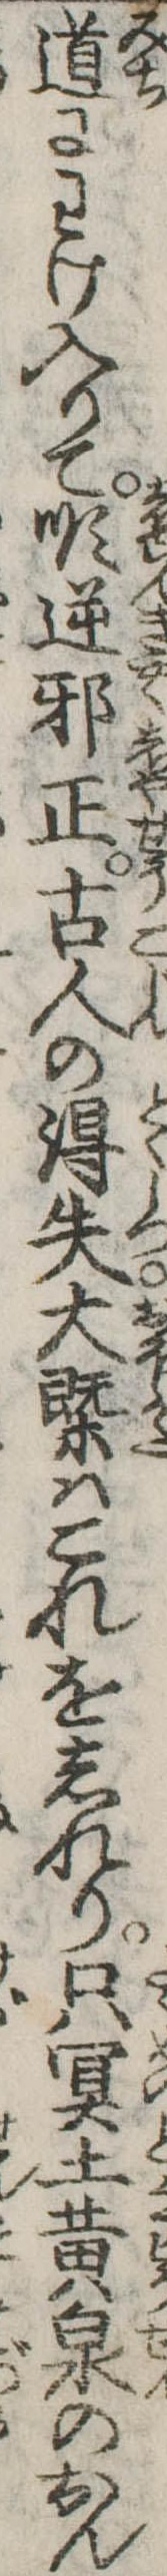
道にわけ入りて順逆邪正古人の得失大概はこれをしれり只冥土黄泉のおん